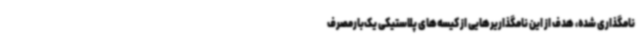
نامگذاری شده، هدف از این نامگذاریرهایی از کیسه‌های پلاستیکی یک‌بارمصرف